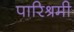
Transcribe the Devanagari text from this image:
पारिश्रमी